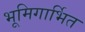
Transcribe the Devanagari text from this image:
भूमिगार्भित